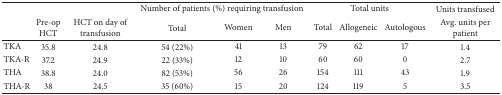
<table><thead><tr><td><b> </b></td><td><b> </b></td><td><b> </b></td><td colspan="3"><b>Number of patients (%) requiring transfusion</b></td><td colspan="3"><b>Total units</b></td><td><b>Units transfused</b></td></tr><tr><td><b> </b></td><td><b>Pre-op HCT</b></td><td><b>HCT on day of transfusion</b></td><td><b>Total</b></td><td><b>Women</b></td><td><b>Men</b></td><td><b>Total</b></td><td><b>Allogeneic</b></td><td><b>Autologous</b></td><td><b>Avg. units per patient</b></td></tr></thead><tbody><tr><td>TKA</td><td>35.8</td><td>24.8</td><td>54 (22%)</td><td>41</td><td>13</td><td>79</td><td>62</td><td>17</td><td>1.4</td></tr><tr><td>TKA-R</td><td>37.2</td><td>24.9</td><td>22 (33%)</td><td>12</td><td>10</td><td>60</td><td>60</td><td>0</td><td>2.7</td></tr><tr><td>THA</td><td>38.8</td><td>24.0</td><td>82 (53%)</td><td>56</td><td>26</td><td>154</td><td>111</td><td>43</td><td>1.9</td></tr><tr><td>THA-R</td><td>38</td><td>24.5</td><td>35 (60%)</td><td>15</td><td>20</td><td>124</td><td>119</td><td>5</td><td>3.5</td></tr></tbody></table>